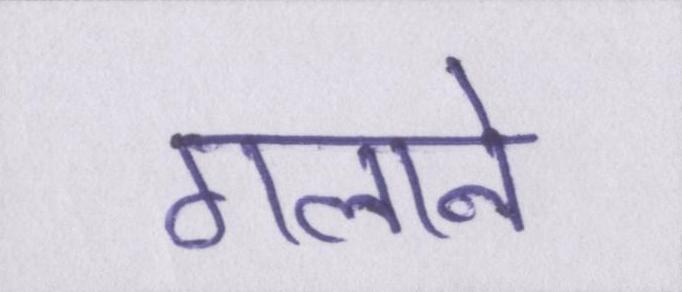
गलाने